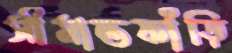
সীমান্তফাঁড়ি